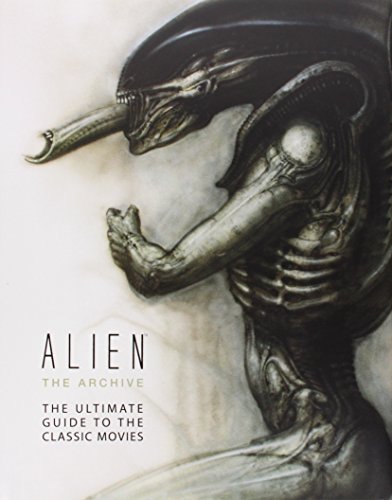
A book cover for Alien the Archive: The Ultimate Guide to the Classic Movies; Titan Books; Humor & Entertainment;